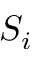
S _ { i }